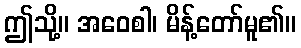
ဤသို့။ အဝေစါ၊ မိန့်တော်မူ၏။